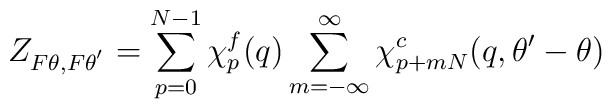
Z_{F\theta ,F\theta^{'}} =\sum_{p=0}^{N-1}\chi_p^f(q)\sum_{m=-\infty}^\infty \chi^c_{p+mN}(q,\theta '-\theta)